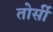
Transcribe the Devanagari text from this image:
तोर्सी